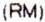
(RM)